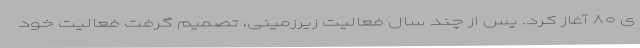
ی ۸۰ آغاز کرد. پس از چند سال فعالیت زیرزمینی، تصمیم گرفت فعالیت خود